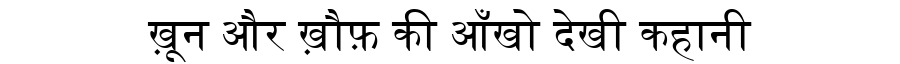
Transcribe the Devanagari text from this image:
ख़ून और ख़ौफ़ की आँखो देखी कहानी